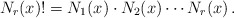
\begin{align*}N_r(x)! = N_1(x)\cdot N_2(x)\cdots N_r(x)\,.\end{align*}